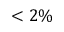
< 2 \%